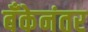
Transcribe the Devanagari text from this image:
बँकेनंतर